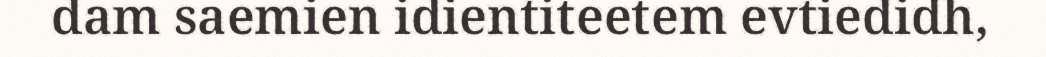
dam saemien idientiteetem evtiedidh,